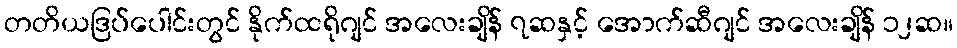
တတိယဒြပ်ပေါင်းတွင် နိုက်ထရိုဂျင် အလေးချိန် ၇ဆနှင့် အောက်ဆီဂျင် အလေးချိန် ၁၂ဆ။